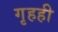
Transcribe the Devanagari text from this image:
गृहही